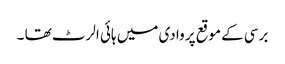
برسی کے موقع پر وادی میں ہائی الرٹ تھا ۔